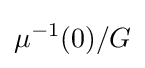
\mu ^{-1}(0)/G